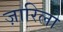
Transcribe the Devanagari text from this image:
ज़ारिलो